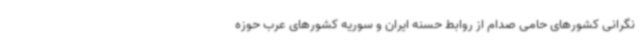
نگرانی کشورهای حامی صدام از روابط حسنه ایران و سوریه کشورهای عرب حوزه